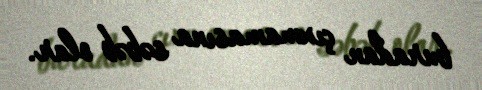
buradan çıxmamasına səbəb olar.